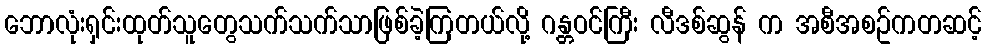
ဘောလုံးရှင်းထုတ်သူတွေသက်သက်သာဖြစ်ခဲ့ကြတယ်လို့ ဂန္တဝင်ကြီး လီဒစ်ဆွန် က အစီအစဥ်ကတဆင့်